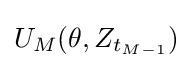
U_{M}(\theta ,Z_{t_{M-1}})